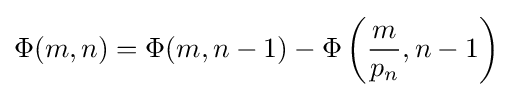
\Phi (m,n)=\Phi (m,n-1)-\Phi \left({\frac {m}{p_{n}}},n-1\right)